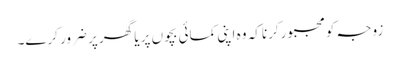
زوجہ کومجبورکرنا کہ وہ اپنی کمائی بچوں پر یا گھر پر ضرور کرے۔